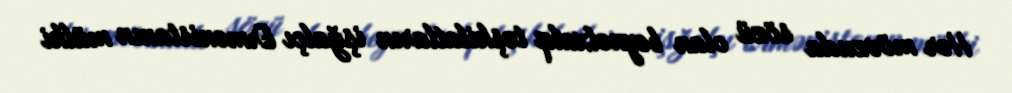
Hər mövzuda sözü olan beynəlxalq təşkilatların işğalçı Ermənistanın mülki